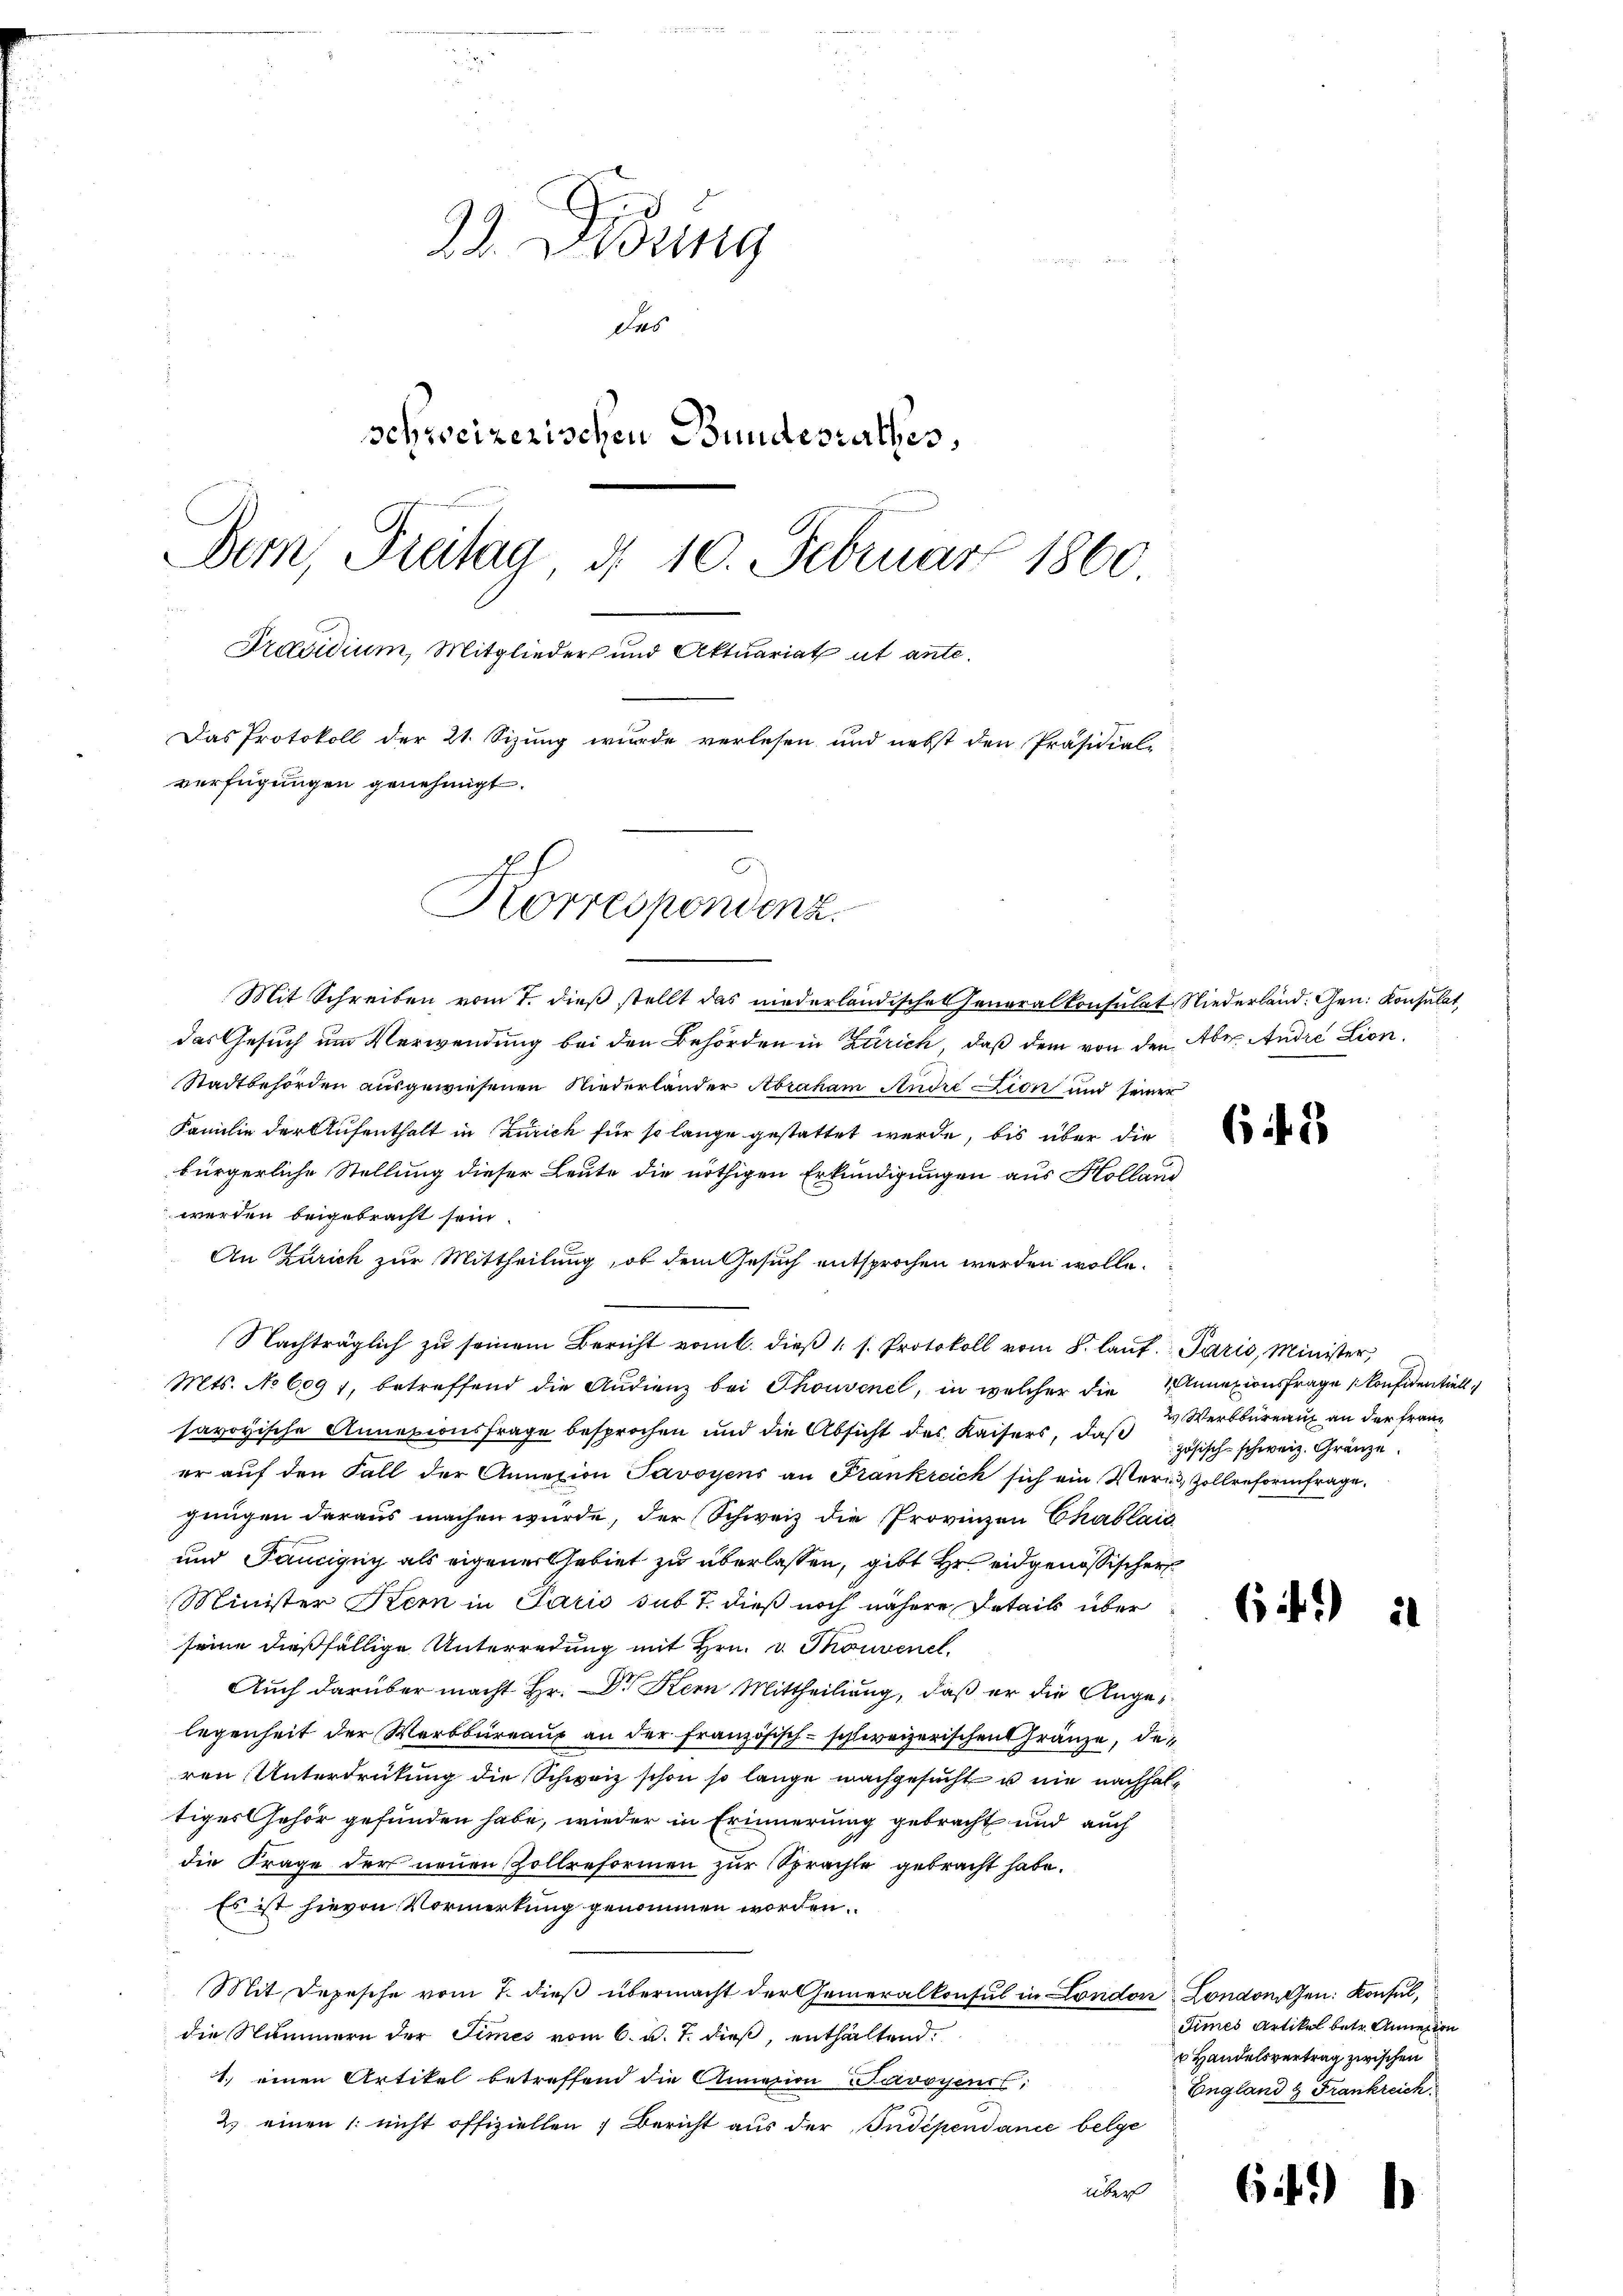
23. Zung
das
schweizerischen Bundesrathes,
Dem Prälag d. 10. Februar 1860
Präsidium, Mitglieder und Aktuariat ut ante¬
Das Protokoll der 21. Sizung wurde verlesen und nebst den Präsidial-
verfügungen genehmigt.
Korrespondenz.

1

Mit Schreiben vom 7. dieß stellt das niederländisches Generalkonsulat Niederland: Gen. Konsulat,
das Gesuch um Verwendung bei den Behörden in Zürich, daß dem von den Aber Andre Lion,
Stadtbehörden ausgewiesenen Niederlander Abraham Andre Lion und seiner
Familie der Aufenthalt in Zürich für so lange gestattet werde, bis über die
bürgerliche Stellung dieser Leute die nöthigen Erkundigungen aus Holland
werden beigebracht sein.
An Zürich zur Mittheilung, ob dem Gesuch entsprochen werden wolle.
Nachträglich zŭ seinem Bericht vom 6. dieβ " s. Protokoll vom 8. laŭf. Paris, Minister,
Mts. No 609 f., betreffend die Audienz bei Thonvenel, in welcher die Annexionsfrage konfidentiell
savoyische Annexionsfrage besprochen und die Absicht des Kaisers, daß
er auf den Fall der Annexion Savoyens an Frankreich sich ein Veri, Zollreformfrage,
gungen daraus machen würde, der Schweiz die Provinzen Chablais
und Pancigny als eigener Gebiet zu überlassen, gibt Hr. eidgenössischer
Minister Kern in Paris sub 7. dieß noch nähere Details über
seine dießfällige Unterredung mit Hrn. v. Thonvenel.
Auch darüber macht Hr. Dr. Kern Mittheilung, daß er die Angelegenheit der Wartbureaux an der Französisch-schweizerischenränze, den
ren Unterdrückung die Schweiz schon so lange nachgesucht u nie nachhaltiges Gehör gefunden habe, wieder in Erinnerung gebracht und auch
die Frage der neuen Zollreformen zur Sprachte gebracht habe.
Es ist hievon Vormerkung genommen worden.
Mit Depesche vom 7. dieß übermacht der Generalkonsul in London London den Konsuldie Nummern der Times vom 6. d. J. dieß, enthaltend.
1.) einen Artikel betreffend die Annasion Savoyenst,
2. einen /: nicht offiziellen; Bericht aus der Indépendance belge
über

649

2) Werkbureau an der Französisch-schweiz. Gränze

6)

Times Artikel betr. Annexion
 Handelsvertrag zwischen
England & Frankreich

61)

l